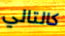
كالتالي